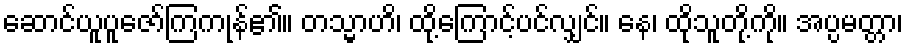
ဆောင်ယူပူဇော်ကြကုန်၏။ တသ္မာဟိ၊ ထို့ကြောင့်ပင်လျှင်။ နေ၊ ထိုသူတို့ကို။ အပ္ပမတ္တာ၊